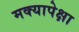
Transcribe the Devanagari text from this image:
मक्यापेक्षा